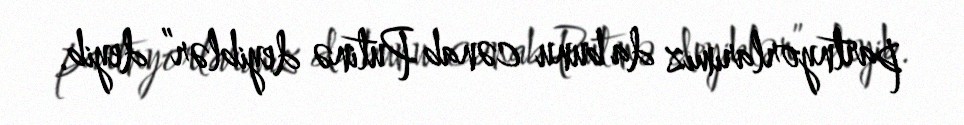
partnyorlarımız da bunu cənab Putinə deyiblər” deyib.